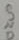
Text: GND